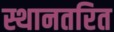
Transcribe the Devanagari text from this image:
स्थानतरित